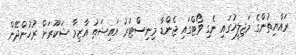
ރައްޔިތުންގެ މަޖިލީހުގައި ނެގި ވޯޓްގައި ޖެންޑާ މިނިސްޓަރު އައިޝަތު އާޒިމާ ޝަކޫރަށް ރުހުންދޭން